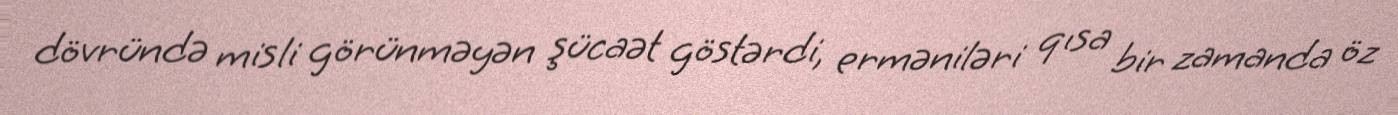
dövründə misli görünməyən şücaət göstərdi, erməniləri qısa bir zamanda öz